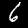
Digit: 6